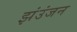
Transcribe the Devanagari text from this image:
झंउंजन